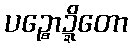
ပဉ္စောဍ္ဍိတော